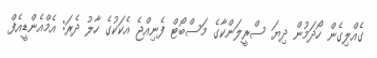
ގެއްލިގެން ހޯދަމުން ދިޔަ ސްރީލަންކާގެ މަސްބޯޓް ފެނިއްޖެ އެކަކުގެ ހާލު ދެރަ: އެމްއެންޑީއެފް